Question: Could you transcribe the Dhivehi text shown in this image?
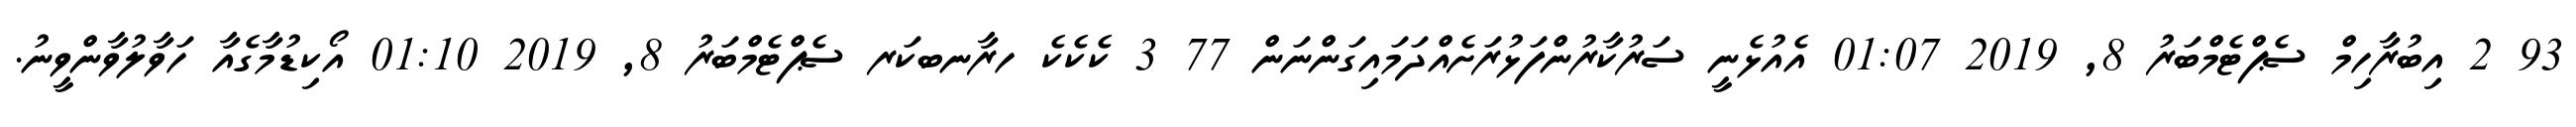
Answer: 93 2 އިބުރާހިމް ސެޕްޓެމްބަރު 8, 2019 01:07 އެއުޅެނީ ސަރުކާރުންފަޅުރަށެއްދަމައިގަންނަން 77 3 ކެކެކެ ހރާނބކަރ ސެޕްޓެމްބަރު 8, 2019 01:10 އޯކިޑުމާގެއާ ހަވާލުވާންވީނު.